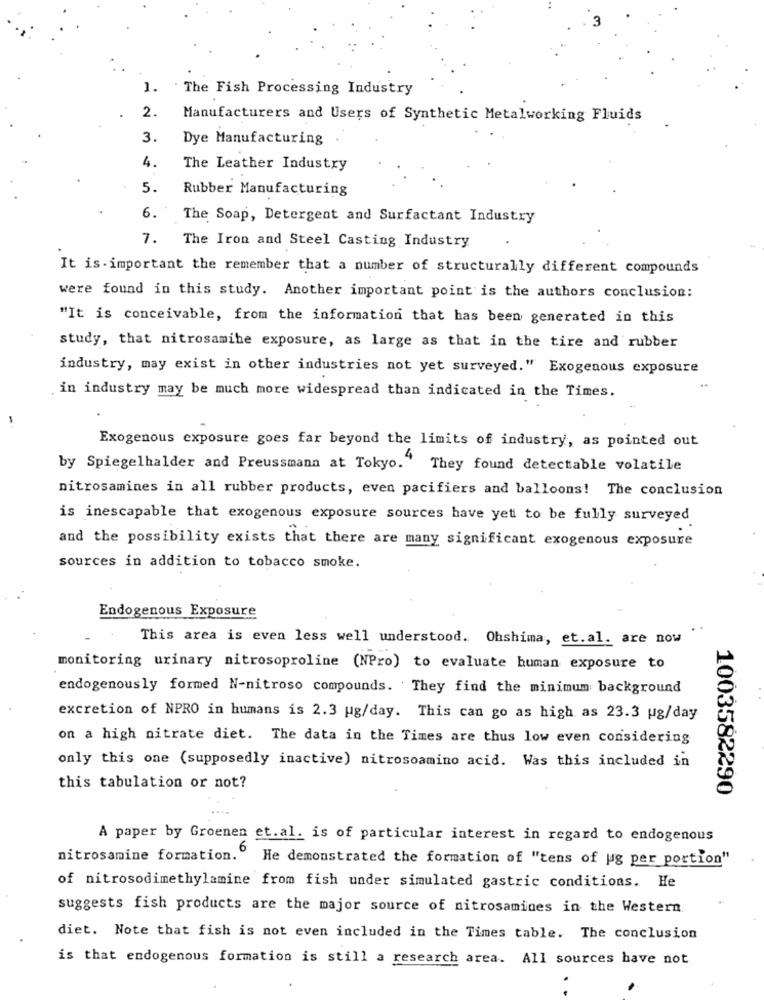
1. The Fish Processing Industry
2.
Manufacturers and Users of Synthetic Metalworking Fluids
3.
Dye Manufacturing
4.
The Leather Industry
5.
Rubber Manufacturing
6.
The Soap, Detergent and Surfactant Industry
7. The Iron and Steel Casting Industry
It is-important the remember that a number of structurally different compounds
were found in this study. Another important point is the authors conclusion:
"It is conceivable, from the information that has been generated in this
study, that nitrosamihe exposure, as large as that in the tire and rubber
industry, may exist in other industries not yet surveyed." Exogenous exposure
.in industry may be much more widespread than indicated in the Times.
Exogenous exposure goes far beyond the limits of industry, as pointed out
by Spiegelhalder and Preussmann at Tokyo." They found detectable volatile
nitrosamines in all rubber products, even pacifiers and balloons! The conclusion
is inescapable that exogenous exposure sources have yet to be fully surveyed
and the possibility exists that there are many significant exogenous exposure
sources in addition to tobacco smoke.
Endogenous Exposure
..
This area is even less well understood. Ohshima, et.al. are now
monitoring urinary nitrosoproline (NPro) to evaluate human exposure to
endogenously formed N-nitroso compounds. They find the minimum background
excretion of NPRO in humans is 2.3 ug/day. This can go as high as 23.3 ug/day
on a high nitrate diet. The data in the Times are thus low even considering
only this one (supposedly inactive) nitrosoamino acid. Was this included in
this tabulation or not?
1003582290
A paper by Groenen et. al. is of particular interest in regard to endogenous
nitrosamine formation." He demonstrated the formation of "tens of ug per portion"
of nitrosodimethylamine from fish under simulated gastric conditions. He
suggests fish products are the major source of nitrosamines in the Western
diet. Note that fish is not even included in the Times table. The conclusion
is that endogenous formation is still a research area. All sources have not